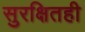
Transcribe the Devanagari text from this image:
सुरक्षितही